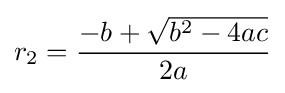
r_{2}={\frac {-b+{\sqrt {b^{2}-4ac}}}{2a}}